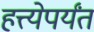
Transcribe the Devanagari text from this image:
हत्त्येपर्यंत